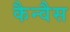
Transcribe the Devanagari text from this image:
कैन्वैस